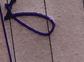
Signature authenticity: genuine